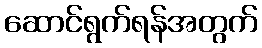
ဆောင်ရွက်ရန်အတွက်